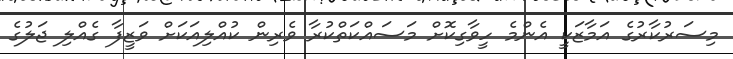
މިސަރުކާރުގެ އަމާޒަކީ އެންމެ ހީވާގިކޮށް މަސައްކަތްކުރާ ވެރިން ކުއްލިއަކަށް ވަޒީފާ ގެއްލި ޖަލުގެ